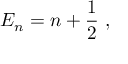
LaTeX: E _ { n } = n + { \frac { 1 } { 2 } } ~ ,